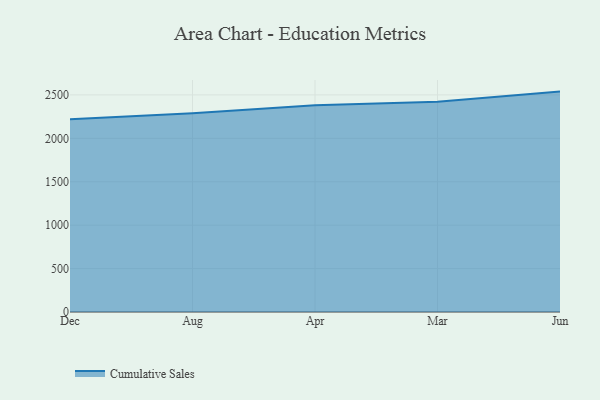
{"axis": {"x": "Month", "y": "Churn Rate (%)"}, "legend": ["Cumulative Sales"], "data": [{"x": "Dec", "y": 2218.4, "type": "Cumulative Sales"}, {"x": "Aug", "y": 2290.1, "type": "Cumulative Sales"}, {"x": "Apr", "y": 2382.1, "type": "Cumulative Sales"}, {"x": "Mar", "y": 2422.4, "type": "Cumulative Sales"}, {"x": "Jun", "y": 2538.2, "type": "Cumulative Sales"}]}